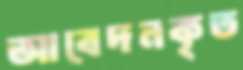
আবেদনকৃত